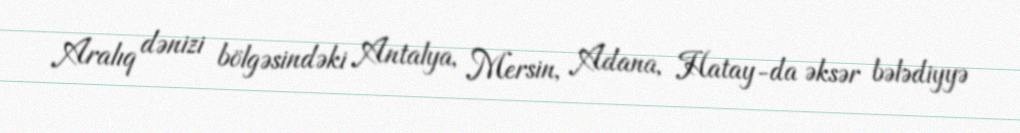
Aralıq dənizi bölgəsindəki Antalya, Mersin, Adana, Hatay-da əksər bələdiyyə